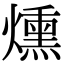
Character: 燻